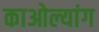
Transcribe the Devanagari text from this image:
काओल्यांग